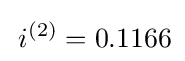
\,i^{(2)}=0.1166